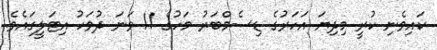
ކައިވެނި ކުރީ މިދިޔަ އަހަރުގެ ޑިސެމްބަރު މަހުގެ 11 ވަނަ ދުވަހު އިޓަލީގައެވެ.